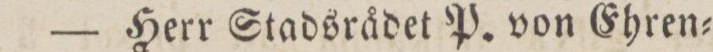
— Herr Stadsrådet P. von Ehren=